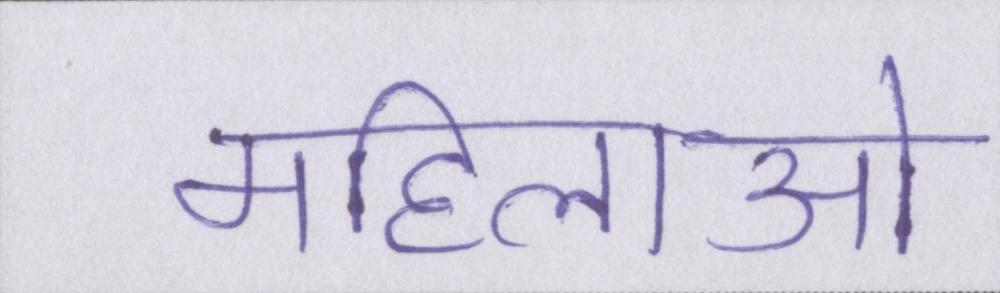
महिलाओ